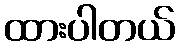
ထားပါတယ်